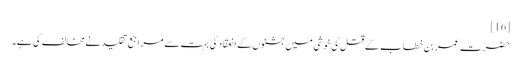
[16]
حضرت عمر بن خطاب کے قتل کی خوشی میں جشنوں کے انعقاد کی بہت سے مراجع تقلید نے مخالف کی ہے۔